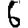
Digit: 6